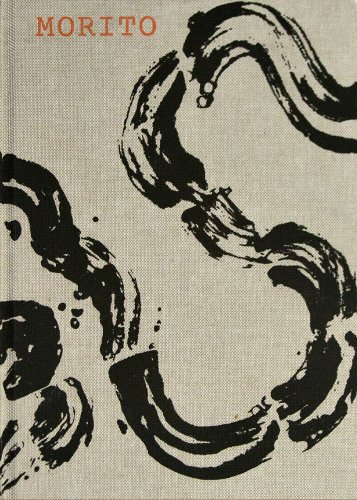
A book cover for Morito; Samantha Clark; Cookbooks, Food & Wine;